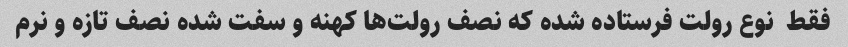
فقط  نوع رولت فرستاده شده که نصف رولت‌ها کهنه و سفت شده نصف تازه و نرم